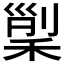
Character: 𥟸